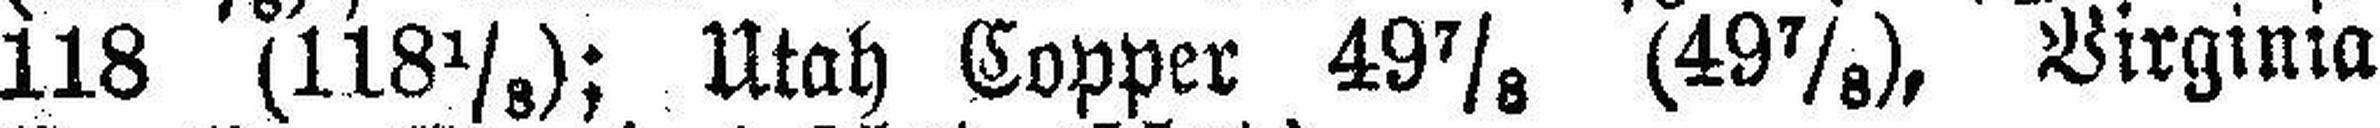
118 (118⅛); Utah Copper 49⅞ (49⅞), Virginia